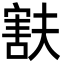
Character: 㝬